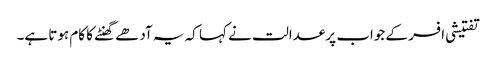
تفتیشی افسر کے جواب پر عدالت نے کہا کہ یہ آدھے گھنٹے کا کام ہوتا ہے۔